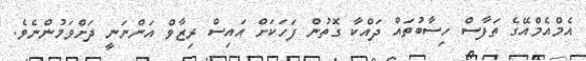
އެމްއެމްއޭގެ ތަފާސް ހިސާބުތައް ދައްކާ ގޮތުން ފަހަކަށް އައިސް ރިޒާވް އަންނަނީ ދަށްވަމުންނެވެ.